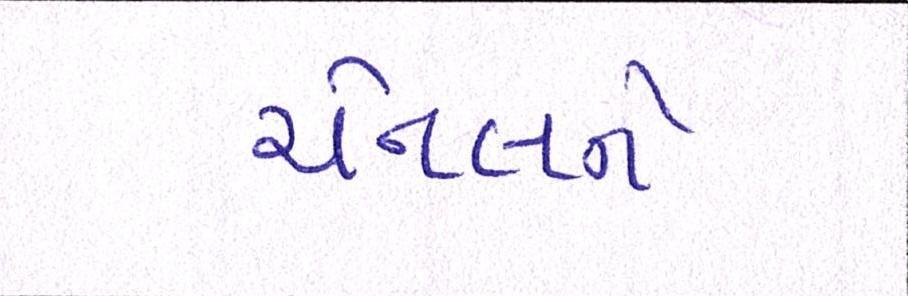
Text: ચેનલને